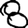
Digit: 8